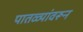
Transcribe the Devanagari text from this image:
पातळ्यांवरून